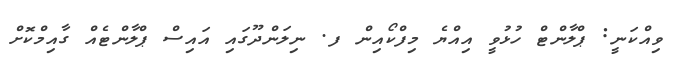
ވިއްކަނީ: ޕްލާންޓް ހުޅުވީ އިއްޔެ މިފްކޯއިން ފ. ނިލަންދޫގައި އައިސް ޕްލާންޓެއް ގާއިމްކޮށް